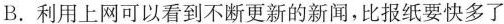
B.利用上网可以看到不断更新的新闻，比报纸要快多了